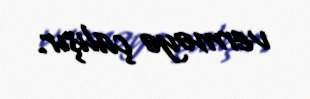
verməyə çalışır.